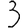
Digit: 3